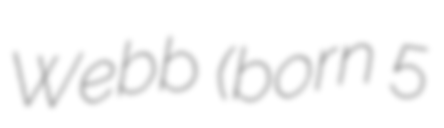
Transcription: Webb (born 5